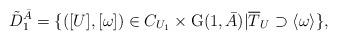
LaTeX: \begin{align*} \tilde{D}_1^{\bar{A}}=\{([U],[\omega])\in C_{U_1}\times \mathrm{G}(1,\bar{A})| \overline{T}_U \supset \langle \omega\rangle\}, \end{align*}